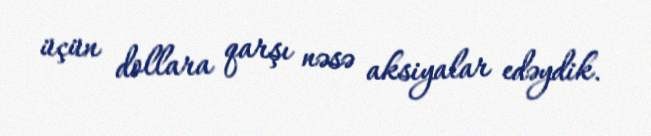
üçün dollara qarşı nəsə aksiyalar edəydik.